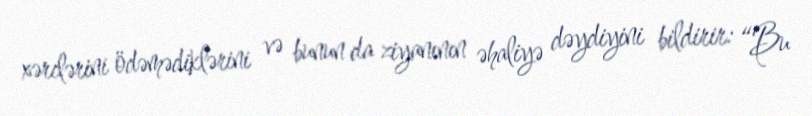
xərclərini ödəmədiklərini və bunun da ziyanının əhaliyə dəydiyini bildirir: “Bu